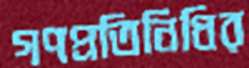
গণপ্রতিনিধির